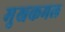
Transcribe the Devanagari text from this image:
मुखकमल